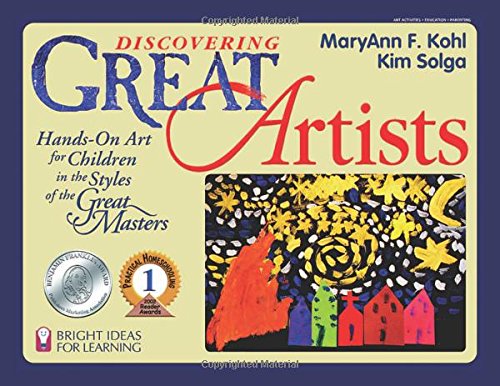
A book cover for Discovering Great Artists: Hands-On Art for Children in the Styles of the Great Masters (Bright Ideas for Learning (TM)); MaryAnn F. Kohl; Children's Books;